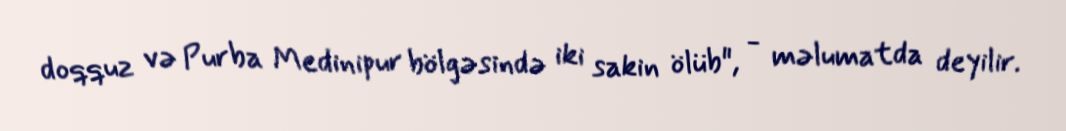
doqquz və Purba Medinipur bölgəsində iki sakin ölüb", - məlumatda deyilir.